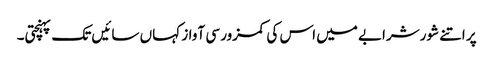
پر اتنے شورشرابے میں اس کی کمزور سی آواز کہاں سائیں تک پہنچتی۔